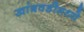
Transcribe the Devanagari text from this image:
खांबवडीमध्ये